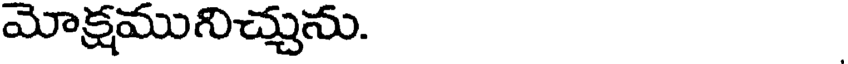
మోక్షమునిచ్చును.